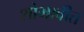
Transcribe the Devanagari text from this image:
शोभावीत